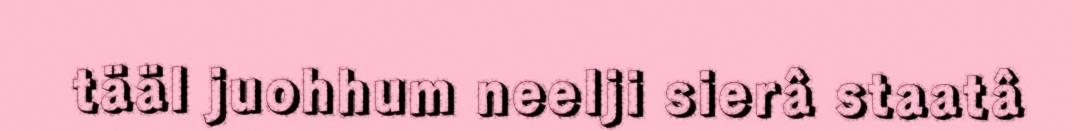
tääl juohhum neelji sierâ staatâ